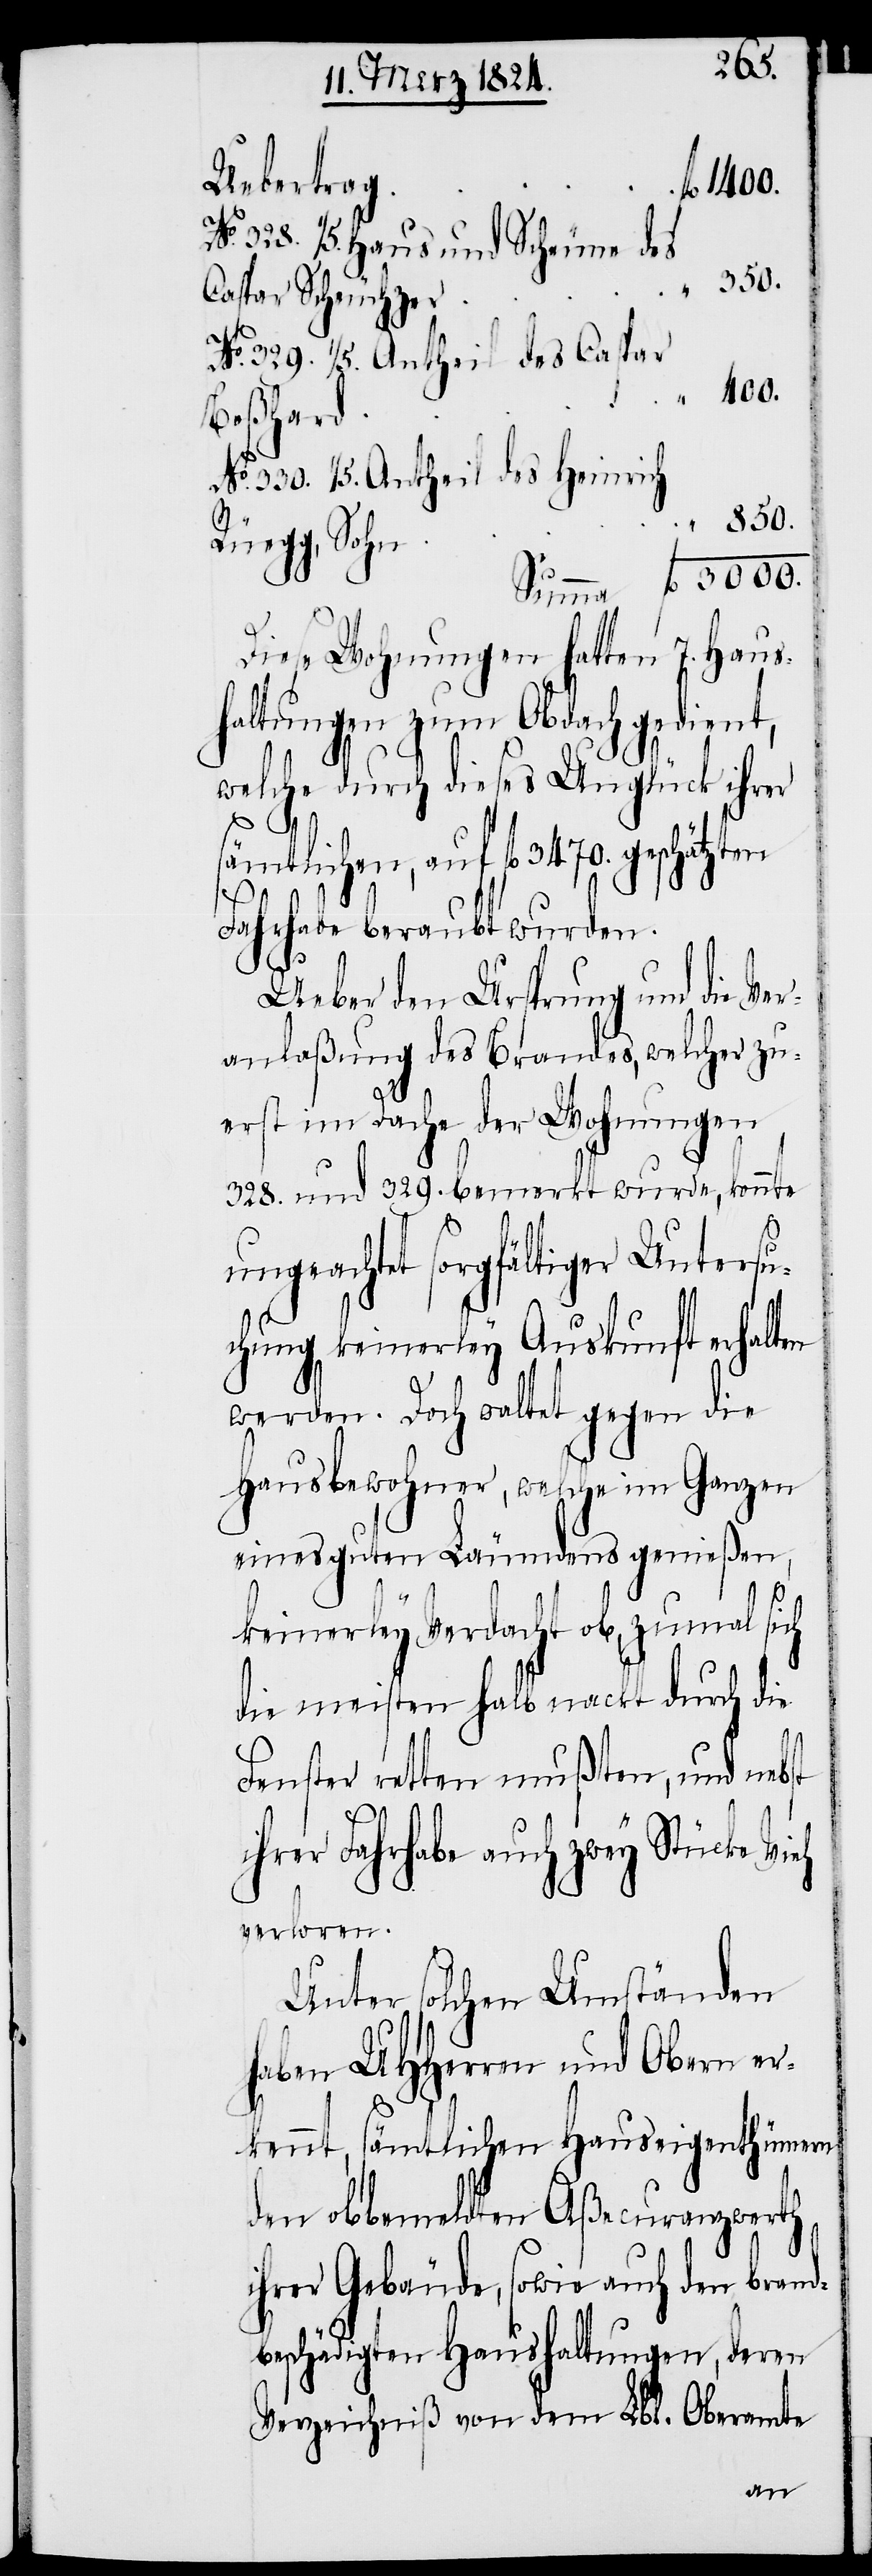
Uebertrag
328. 1/5. Haus und Scheune des
Caspar Scheuchzer
No. 329. 1/5. Antheil des Caspar
Boßhard
No. 330. 1/5. Antheil des Heinrich
Rüegg, Sohn
Diese Wohnungen hatten 7. Haus¬
haltungen zum Obdach gedient,
welche durch dieses Unglück ihrer
ten
sämtlichen, auf fl. 3470. geschätz¬
Fahrhabe beraubt wurden.
Ueber den Ursprung und die Ver¬
anlaßung des Brandes, welcher zu¬
No.
erst im Dache der Wohnungen
328. und 329. bemerkt wurde, konnte
ungeachtet sorgfältiger Untersu¬
chung keinerley Auskunft erhalten
werden. Doch waltet gegen die
Hausbewohner, welche im Ganzen
eines guten Läumdens genießen,
keinerley Verdacht ob, zumal sich
die meisten halb nackt durch die
Fenster retten mußten, und nebst
ihrer Fahrhabe auch zwey Stück Vieh
verloren.
Unter solchen Umständen
haben UHHerren und Obern er¬
kennt, sämtlichen Hauseigenthümern
den obbemeldten Aßecuranzwerth
ihrer Gebäude, sowie auch den brand¬
beschädigten Haushaltungen, deren
Verzeichniß von dem Lbl. Oberamte